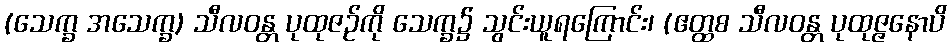
(သေက္ခ အသေက္ခ) သီလဝန္တ ပုထုဇဉ်ကို သေက္ခ၌ သွင်းယူရကြောင်း၊ (ဧတ္ထစ သီလဝန္တ ပုထုဇ္ဇနောပိ